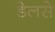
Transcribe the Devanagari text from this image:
डेलसे